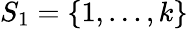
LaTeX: S_{1}=\left\{ 1,\ldots,k\right\}